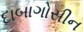
દાબાગોસીન